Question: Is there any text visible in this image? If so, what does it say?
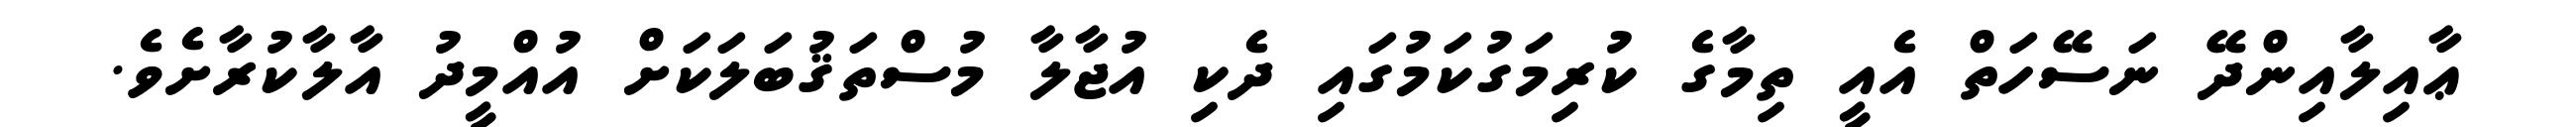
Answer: ޢާއިލާއިންދޭ ނަސޭހަތް އެއީ ތިމާގެ ކުރިމަގުކަމުގައި ދެކި އުޖާލާ މުސްތަޤުބަލަކަށް އުއްމީދު އާލާކުރާށެވެ.